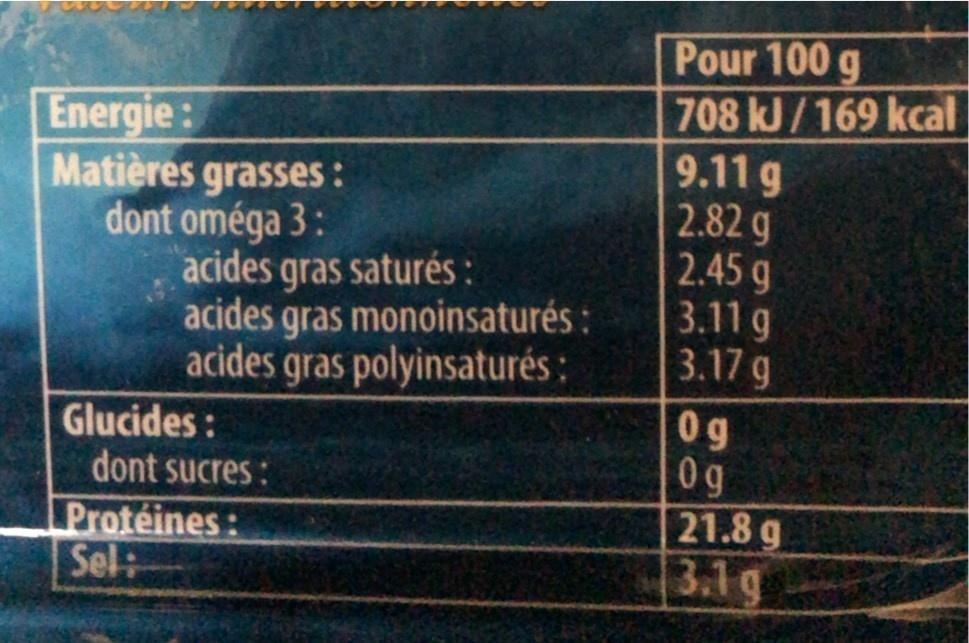
Energie:
Matières grasses : dont oméga 3:
acides gras saturés :
acides gras monoinsaturés:
acides gras polyinsaturés :
Glucides:
dont sucres :
Protéines: Sel:
Pour 100 g
708 kJ/169 kcal
9.11 g
2.82 g
2.45 g
3.11 g
3.17 g
0g
Og
21.8 g
3.1 g